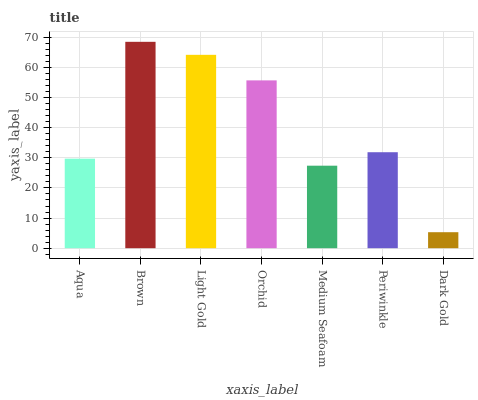
| xaxis_label | bars |
 | --- | --- |
 | Aqua | 29.7 |
 | Brown | 68.5 |
 | Light Gold | 64.2 |
 | Orchid | 55.7 |
 | Medium Seafoam | 27.4 |
 | Periwinkle | 31.8 |
 | Dark Gold | 5.31 |